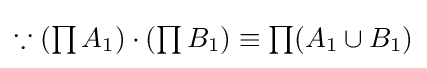
{\textstyle \because (\prod A_{1})\cdot (\prod B_{1})\equiv \prod (A_{1}\cup B_{1})}